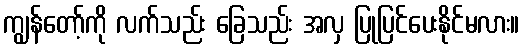
ကျွန်တော့်ကို လက်သည်း ခြေသည်း အလှ ပြုပြင်ပေးနိုင်မလား။